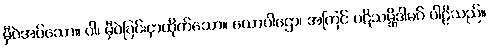
မှီဝဲအပ်သော။ ဝါ၊ မှီဝဲခြင်းငှာထိုက်သော။ ယောပါဌော၊ အကြင် ပဋိသမ္ဘိဒါမဂ် ပါဠိသည်။